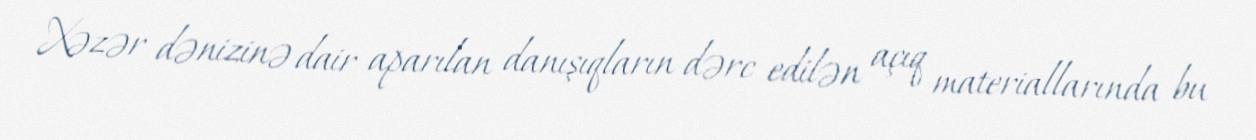
Xəzər dənizinə dair aparılan danışıqların dərc edilən açıq materiallarında bu